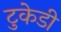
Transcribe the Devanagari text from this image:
टुकेडी